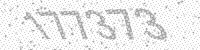
Solution: 177373